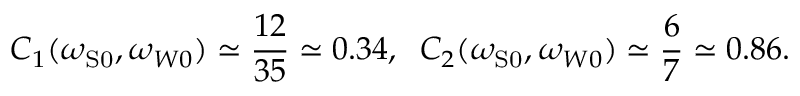
C _ { 1 } ( \omega _ { \mathrm { { S } 0 } } , \omega _ { W 0 } ) \simeq \frac { 1 2 } { 3 5 } \simeq 0 . 3 4 , \; \; C _ { 2 } ( \omega _ { \mathrm { { S } 0 } } , \omega _ { W 0 } ) \simeq \frac { 6 } { 7 } \simeq 0 . 8 6 .